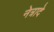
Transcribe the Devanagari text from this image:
नेत्रादे